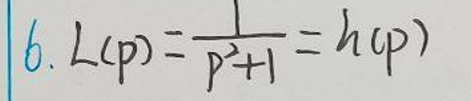
6. \(L(p)=\frac{p}{p^{2}+1}=h(p)\)